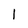
Character: 1